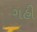
ગહી